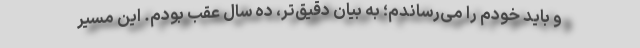
و باید خودم را می‌رساندم؛ به بیان دقیق‌تر، دَه سال عقب بودم. این مسیر